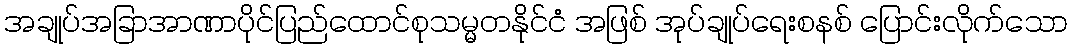
အချုပ်အခြာအာဏာပိုင်ပြည်ထောင်စုသမ္မတနိုင်ငံ အဖြစ် အုပ်ချုပ်ရေးစနစ် ပြောင်းလိုက်သော